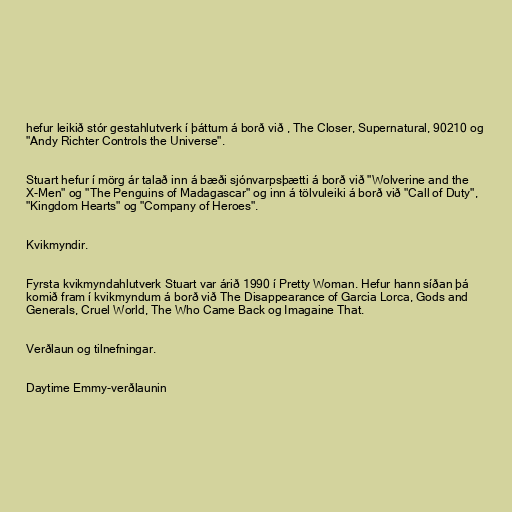
hefur leikið stór gestahlutverk í þáttum á borð við , The Closer, Supernatural, 90210 og
"Andy Richter Controls the Universe".

Stuart hefur í mörg ár talað inn á bæði sjónvarpsþætti á borð við "Wolverine and the
X-Men" og "The Penguins of Madagascar" og inn á tölvuleiki á borð við "Call of Duty",
"Kingdom Hearts" og "Company of Heroes".

Kvikmyndir.

Fyrsta kvikmyndahlutverk Stuart var árið 1990 í Pretty Woman. Hefur hann síðan þá
komið fram í kvikmyndum á borð við The Disappearance of Garcia Lorca, Gods and
Generals, Cruel World, The Who Came Back og Imagaine That.

Verðlaun og tilnefningar.

Daytime Emmy-verðlaunin